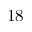
1 8